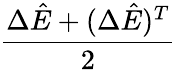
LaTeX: \frac{\Delta\hat{E}+(\Delta\hat{E})^{T}}{2}